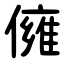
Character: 㒕